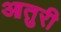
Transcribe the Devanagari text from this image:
आतुरी